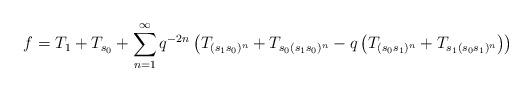
LaTeX: \begin{align*}f=T_1+T_{s_0}+\sum_{n=1}^{\infty}q^{-2n}\left(T_{(s_1s_0)^n}+T_{s_0(s_1s_0)^n}-q\left(T_{(s_0s_1)^n}+T_{s_1(s_0s_1)^n}\right)\right)\end{align*}